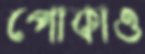
পোকাও